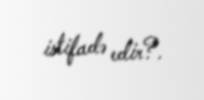
istifadə edir?.